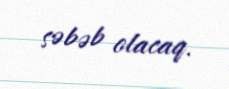
səbəb olacaq.